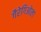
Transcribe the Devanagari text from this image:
गैरेगिओला